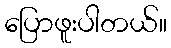
ပြောဖူးပါတယ်။